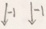
\downarrow - 1 \downarrow - 1